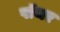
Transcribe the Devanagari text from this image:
पॉथर